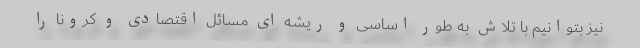
نیز بتوانیم با تلاش به طور اساسی و ریشه ای مسائل اقتصادی و کرونا را